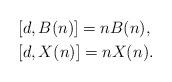
LaTeX: \begin{align*}&[d,B(n)]=nB(n),\\&[d,X(n)]=nX(n).\end{align*}